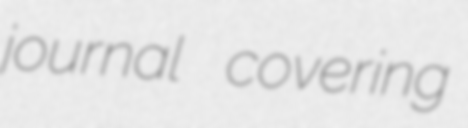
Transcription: journal covering